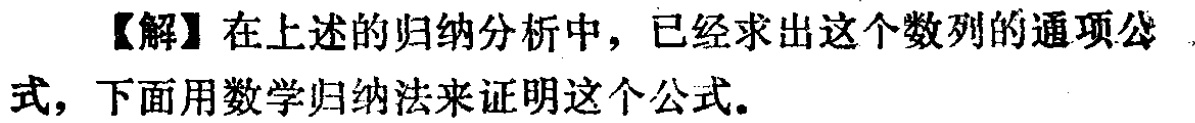
【解】在上述的归纳分析中，已经求出这个数列的通项公式，下面用数学归纳法来证明这个公式。